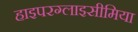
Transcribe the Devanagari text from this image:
हाइपरग्लाइसीमिया